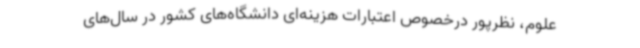
علوم، نظرپور درخصوص اعتبارات هزینه‌ای دانشگاه‌های کشور در سال‌های